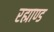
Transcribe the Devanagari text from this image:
रह्माण्ड